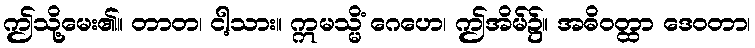
ဤသို့မေး၏။ တာတ၊ ငါ့သား။ ဣမသ္မိံ ဂေဟေ၊ ဤအိမ်၌။ အဓိဝတ္ထာ ဒေဝတာ၊